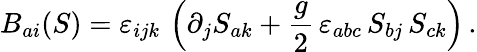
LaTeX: B_{ai}(S)=\varepsilon_{ijk}\, \left(\partial_{j}S_{ak}+\frac{g}{2}\, \varepsilon_{abc}\, S_{bj}\, S_{ck}\right)\, .